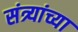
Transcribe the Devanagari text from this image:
संत्र्यांच्या